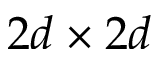
2 d \times 2 d